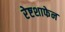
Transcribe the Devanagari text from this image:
रेष्टशाफेन